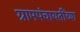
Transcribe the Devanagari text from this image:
ग्रामपंचायतींच्या